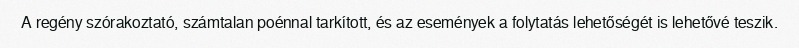
A regény szórakoztató, számtalan poénnal tarkított, és az események a folytatás lehetőségét is lehetővé teszik.